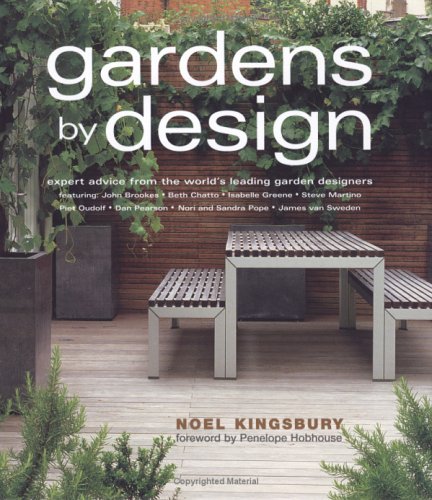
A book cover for Gardens by Design; Noel Kingsbury; Crafts, Hobbies & Home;